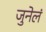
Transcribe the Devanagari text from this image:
जुनेलं